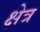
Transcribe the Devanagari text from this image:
क्षेत्र